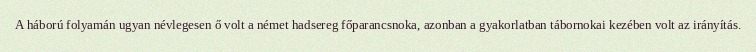
A háború folyamán ugyan névlegesen ő volt a német hadsereg főparancsnoka, azonban a gyakorlatban tábornokai kezében volt az irányítás.